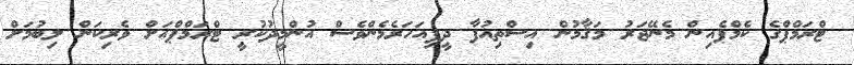
ޓްރަމްޕްގެ ކެމްޕެއިން މެނޭޖަރު މަޤާމުން އިސްތިއުފާ ދީފިއަހަރެމެންވެސް އުންމީދުކުރީ ޓްރަމްޕްއަށް ވެރިކަން ލިބުމަށް